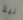
نينا